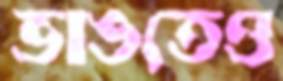
ভাঙতেও